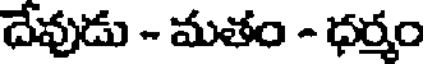
దేవుడు - మతం - ధర్మం